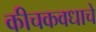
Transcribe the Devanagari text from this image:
कीचकवधाचे